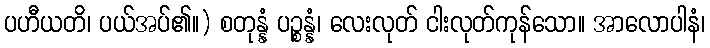
ပဟီယတိ၊ ပယ်အပ်၏။) စတုန္နံ ပဉ္စန္နံ၊ လေးလုတ် ငါးလုတ်ကုန်သော။ အာလောပါနံ၊